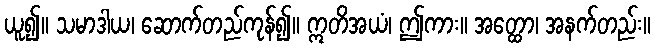
ယူ၍။ သမာဒါယ၊ ဆောက်တည်ကုန်၍။ ဣတိအယံ၊ ဤကား။ အတ္ထော၊ အနက်တည်း။